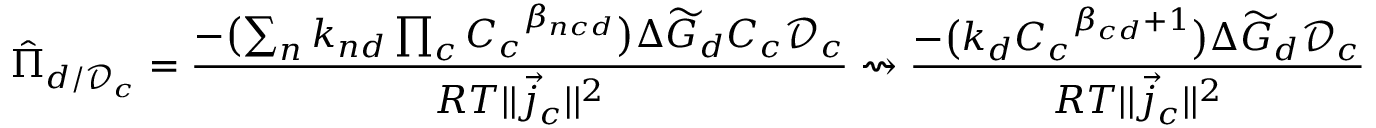
\hat { \Pi } _ { d / \mathcal { D } _ { c } } = \frac { - \bigl ( \sum _ { n } k _ { n d } \prod _ { c } { C _ { c } } ^ { \beta _ { n c d } } \bigr ) \Delta \widetilde { G } _ { d } C _ { c } \mathcal { D } _ { c } } { R T | | \vec { j } _ { c } | | ^ { 2 } } \rightsquigarrow \frac { - \bigl ( k _ { d } { C _ { c } } ^ { \beta _ { c d } + 1 } \bigr ) \Delta \widetilde { G } _ { d } \mathcal { D } _ { c } } { R T | | \vec { j } _ { c } | | ^ { 2 } }